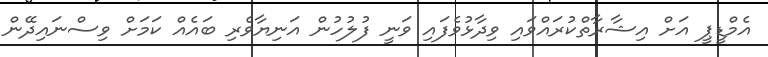
އެމްޑީޕީ އަށް އިޝާރާތްކުރައްވައި ވިދާޅުވެފައި ވަނީ ފުލުހުން އަނިޔާވެރި ބައެއް ކަމަށް ވިސްނައިދޭން